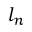
l _ { n }